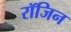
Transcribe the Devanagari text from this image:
रॉजिन